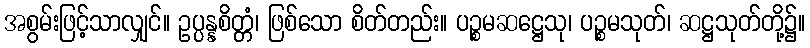
အစွမ်းဖြင့်သာလျှင်။ ဥပ္ပန္နစိတ္တံ၊ ဖြစ်သော စိတ်တည်း။ ပဉ္စမဆဋ္ဌေသု၊ ပဉ္စမသုတ်၊ ဆဋ္ဌသုတ်တို့၌။